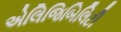
એલિજિબિલિટી